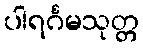
ပါရင်္ဂမသုတ္တ